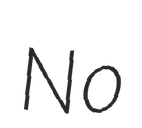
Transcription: No